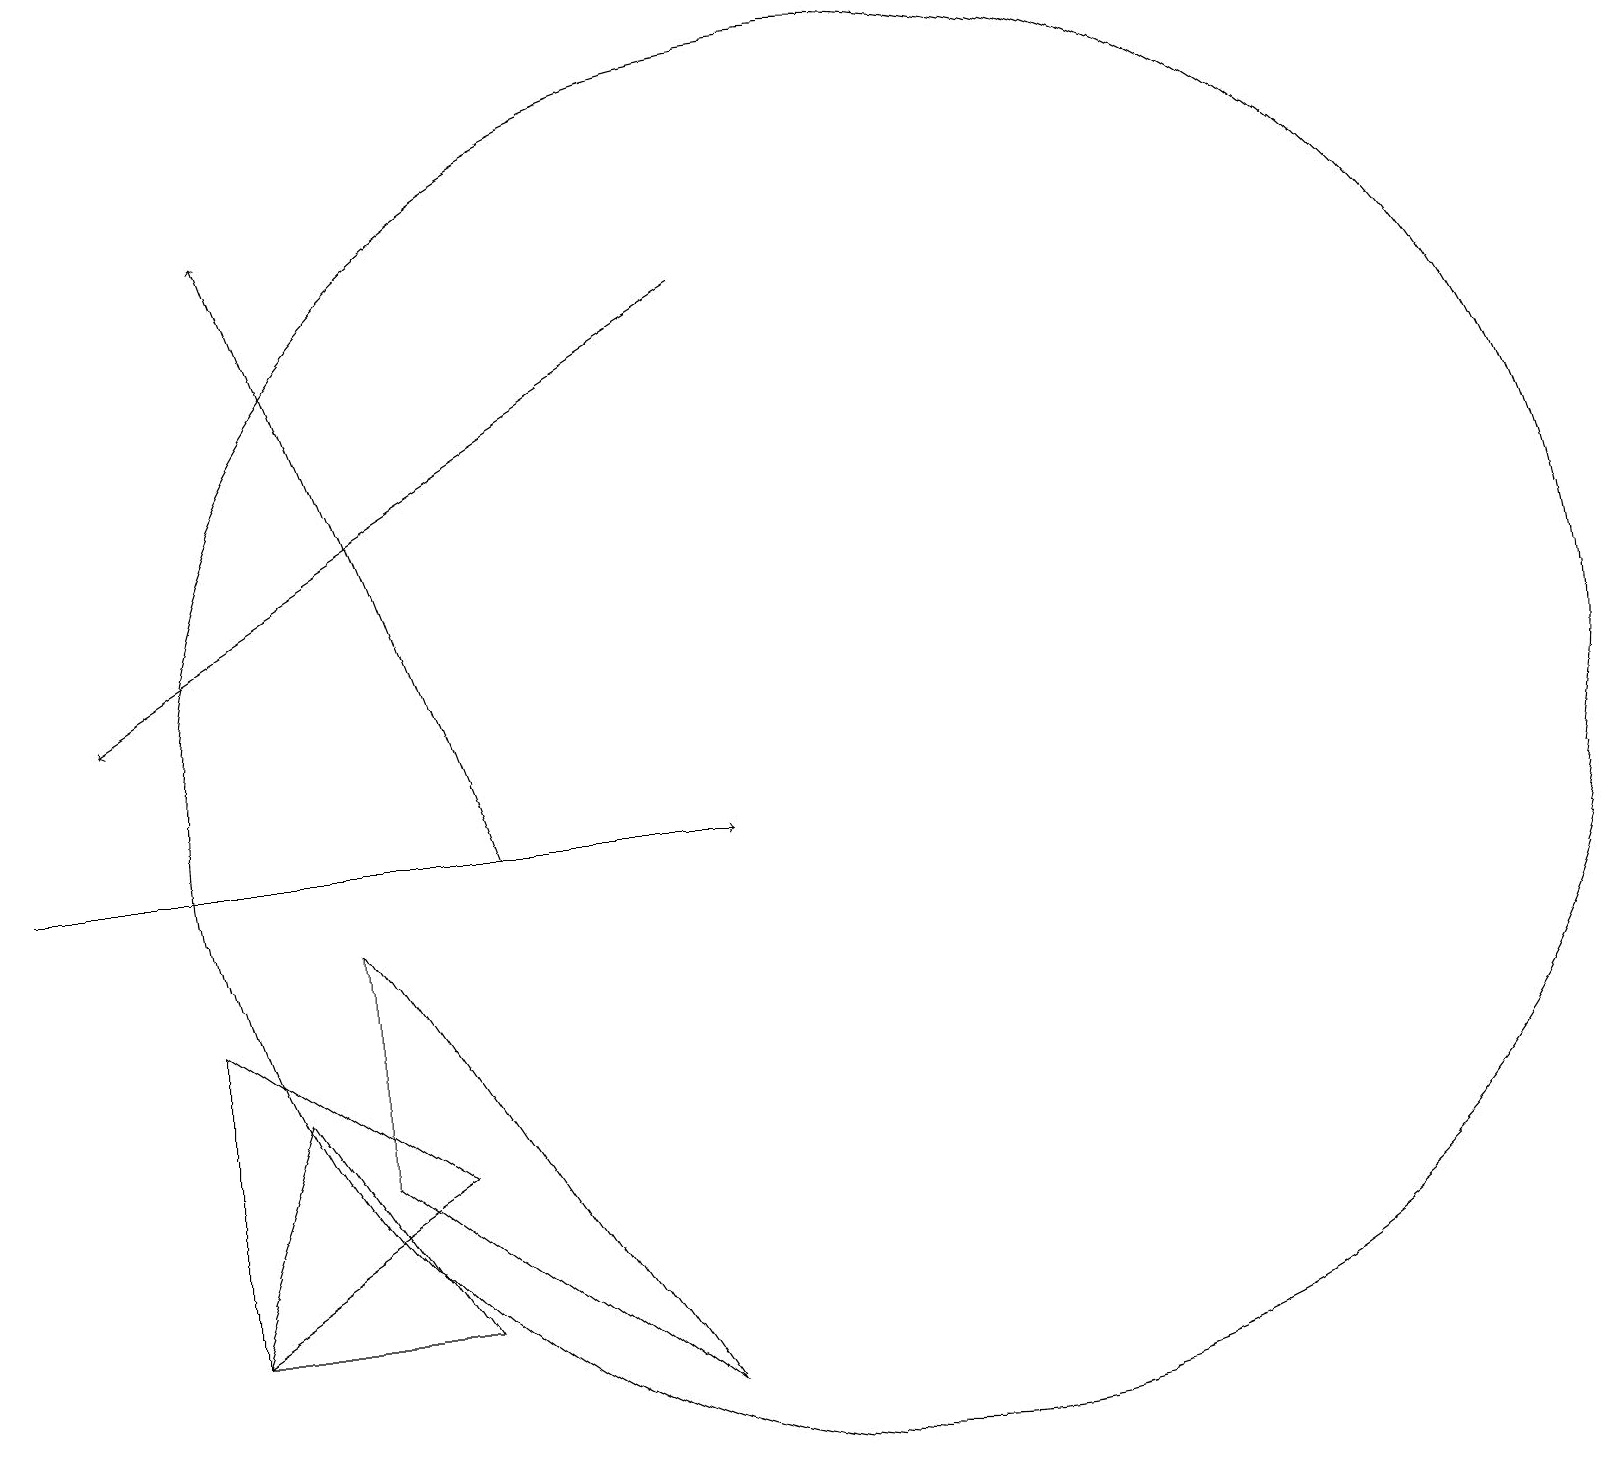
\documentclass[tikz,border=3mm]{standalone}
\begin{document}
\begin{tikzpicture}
\draw[->] (6,10) -- (3,18);
\draw (4,6) -- (8,3) -- (4,9) -- cycle;
\draw (11,11) circle (9);
\draw (2,8) -- (2,4) -- (5,6) -- cycle;
\draw (3,7) -- (2,4) -- (5,4) -- cycle;
\draw[->] (0,10) -- (9,10);
\draw[->] (9,17) -- (1,12);
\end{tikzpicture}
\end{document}